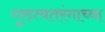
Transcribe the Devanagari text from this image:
गुरुत्वतरंगाच्या